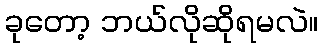
ခုတော့ ဘယ်လိုဆိုရမလဲ။